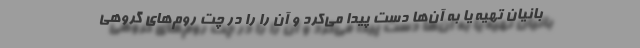
بانیان تهیه یا به آن‌ها دست پیدا می‌کرد و آن را را در چت روم‌های گروهی